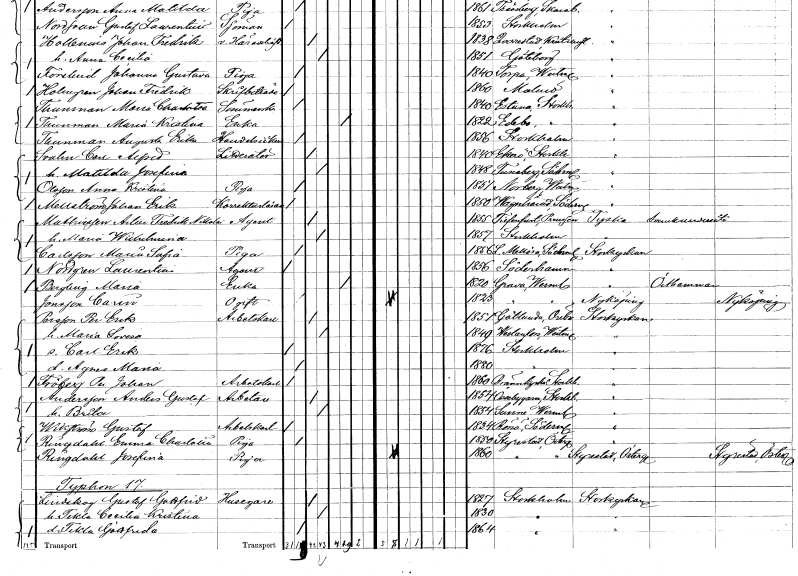
gt_parse: households: individuals: FN: Carl Alfred
EN: Svahn
YRKE: Litteratör
KON: M
CIV: G
FODAR: 1840
FODFORS: Ekerö Stockholms län
FN: Matilda Josefina
KON: K
CIV: G
FODAR: 1848
FODFORS: Tunaberg Södermanlands län
FN: Anna Kristina
EN: Olsson
YRKE: Piga
KON: K
CIV: O
FODAR: 1851
FODFORS: Norberg Västmanlands län
FN: Johan Erik
EN: Mellström
YRKE: Korrekturläsare
KON: M
CIV: O
FODAR: 1850
FODFORS: Vagnhärad Södermanlands län
FN: Artur Fredrik Nikolai
EN: Mathiessen
YRKE: Agent
KON: M
CIV: G
FODAR: 1855
FN: Maria Wilhelmina
KON: K
CIV: G
FODAR: 1857
FODFORS: Stockholm
FN: Maria Sofia
EN: Carlsson
YRKE: Piga
KON: K
CIV: O
FODAR: 1856
FODFORS: Lilla Mellösa Södermanlands län
FN: Laurentin
EN: Nordgren
YRKE: Agent
KON: M
CIV: O
FODAR: 1856
FODFORS: Söderhamn Gävleborgs län
FN: Maria
EN: Bergling
YRKE: Änka
KON: K
CIV: E
FODAR: 1820
FODFORS: Grava Värmlands län
FN: Carin
EN: Jonsson
KON: K
CIV: O
FODAR: 1823
FODFORS: Grava Värmlands län
FN: Per Erik
EN: Persson
YRKE: Arbetskarl
KON: M
CIV: G
FODAR: 1851
FODFORS: Götlunda Västmanlands län
FN: Maria Lovisa
KON: K
CIV: G
FODAR: 1849
FODFORS: Västanfors Västmanlands län
FN: Carl Erik
KON: M
CIV: O
FODAR: 1876
FODFORS: Stockholm
FN: Agnes Maria
KON: K
CIV: O
FODAR: 1880
FODFORS: Stockholm
FN: Per Johan
EN: Fröberg
YRKE: Arbetskarl
KON: M
CIV: O
FODAR: 1860
FODFORS: Brännkyrka Stockholms län
FN: Anders Gustaf
EN: Andersson
YRKE: Arbetare
KON: M
CIV: G
FODAR: 1854
FODFORS: Össeby-Garn Stockholms län
FN: Brita
KON: K
CIV: G
FODAR: 1854
FODFORS: Sunne Värmlands län
FN: Gustaf
EN: Wikström
YRKE: Arbetskarl
KON: M
CIV: O
FODAR: 1834
FODFORS: Rönö Östergötlands län
FN: Emma Charlotta
EN: Ringdahl
YRKE: Piga
KON: K
CIV: O
FODAR: 1850
FODFORS: Styrstad Östergötlands län
FN: Josefina
EN: Ringdahl
YRKE: Piga
KON: K
CIV: O
FODAR: 1860
FODFORS: Styrstad Östergötlands län
FN: Gustaf Gottfrid
EN: Lindskog
YRKE: Husägare
KON: M
CIV: G
FODAR: 1827
FODFORS: Stockholm
FN: Tekla Cecilia Kristina
KON: K
CIV: G
FODAR: 1830
FODFORS: Stockholm
FN: Tekla Gottfrida
KON: K
CIV: O
FODAR: 1864
FODFORS: Stockholm